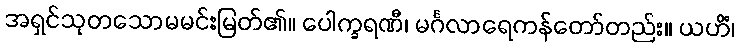
အရှင်သုတသောမမင်းမြတ်၏။ ပေါက္ခရဏီ၊ မင်္ဂလာရေကန်တော်တည်း။ ယဟိံ၊